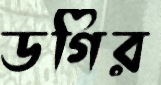
ডগির